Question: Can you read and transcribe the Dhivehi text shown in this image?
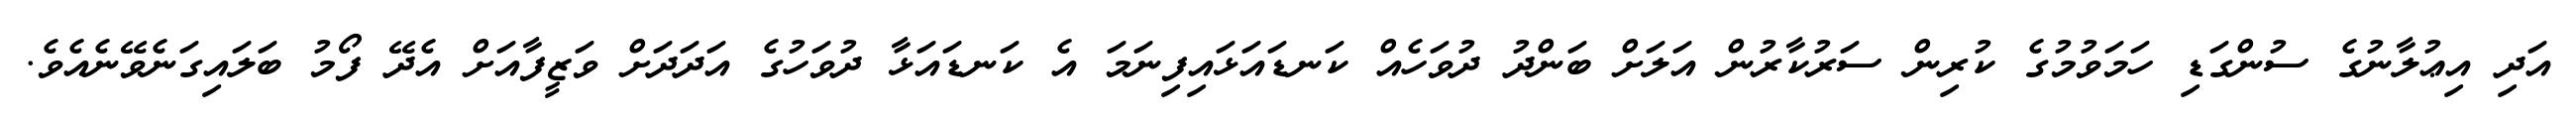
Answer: އަދި އިޢުލާނުގެ ސުންގަޑި ހަމަވުމުގެ ކުރިން ސަރުކާރުން އަލަށް ބަންދު ދުވަހެއް ކަނޑައަޅައިފިނަމަ އެ ކަނޑައަޅާ ދުވަހުގެ އަދަދަށް ވަޒީފާއަށް އެދޭ ފޯމު ބަލައިގަނެވޭނެއެވެ.